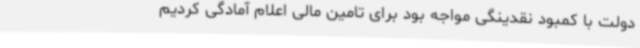
دولت با کمبود نقدینگی مواجه بود برای تامین مالی اعلام آمادگی کردیم